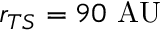
r _ { T S } = 9 0 ~ \mathrm { A U }